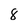
Character: 8